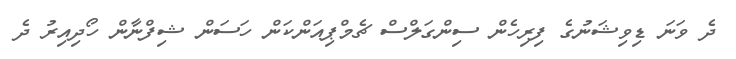
ދެ ވަނަ ޑިވިޝަނުގެ ފިރިހެން ސިންގަލްސް ޗެމްޕިއަންކަން ހަސަން ޝިފްނާން ހޯދިއިރު ދެ